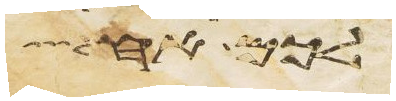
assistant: לכם אח